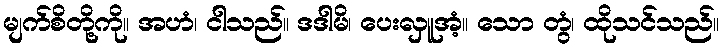
မျက်စိတို့ကို။ အဟံ၊ ငါသည်။ ဒဒါမိ၊ ပေးလှူအံ့။ သော တွံ၊ ထိုသင်သည်။